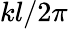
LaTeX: kl/2\pi